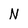
Character: N